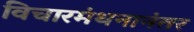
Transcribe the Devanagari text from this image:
विचारमंथनानंतर